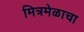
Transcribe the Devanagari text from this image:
मित्रमेळाचा